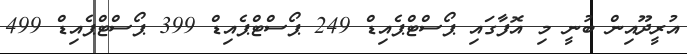
އުރީދޫއިން ބުނީ މި އޮފާގައި ޕޯސްޓްޕެއިޑް 249 ޕޯސްޓްޕެއިޑް 399 ޕޯސްޓްޕެއިޑް 499